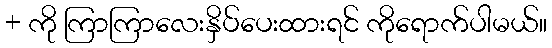
+ ကို ကြာကြာလေးနှိပ်ပေးထားရင် ကိုရောက်ပါမယ်။